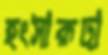
হংসারূঢ়া